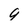
Character: 9